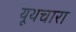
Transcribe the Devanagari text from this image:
यूथचारा